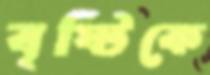
বৃষ্টিকে